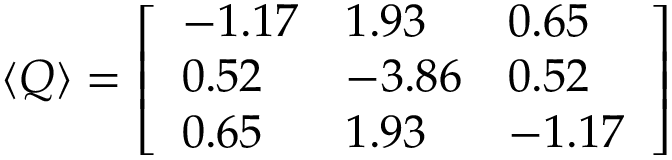
\begin{array} { r } { \langle Q \rangle = \left[ \begin{array} { l l l } { - 1 . 1 7 } & { 1 . 9 3 } & { 0 . 6 5 } \\ { 0 . 5 2 } & { - 3 . 8 6 } & { 0 . 5 2 } \\ { 0 . 6 5 } & { 1 . 9 3 } & { - 1 . 1 7 } \end{array} \right] } \end{array}